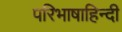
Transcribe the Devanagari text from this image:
परिभाषाहिन्दी